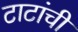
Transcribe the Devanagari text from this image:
टाटांची